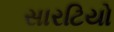
સારટિયો